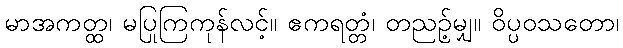
မာအကတ္ထ၊ မပြုကြကုန်လင့်။ ဧကရတ္တံ၊ တညဉ့်မျှ။ ဝိပ္ပဝသတော၊